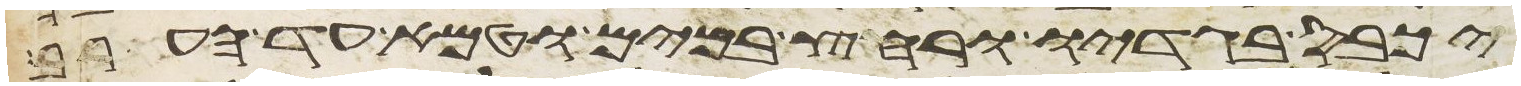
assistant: יכבס בגדיו ורחץ במים וטמא עד הערב